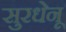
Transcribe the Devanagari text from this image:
सुरधेनू